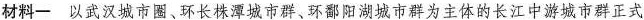
材料一 以武汉城市圈、环长株潭城市群、环鄱阳湖城市群为主体的长江中游城市群正式